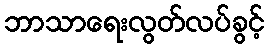
ဘာသာရေးလွတ်လပ်ခွင့်